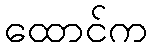
ထောင်က